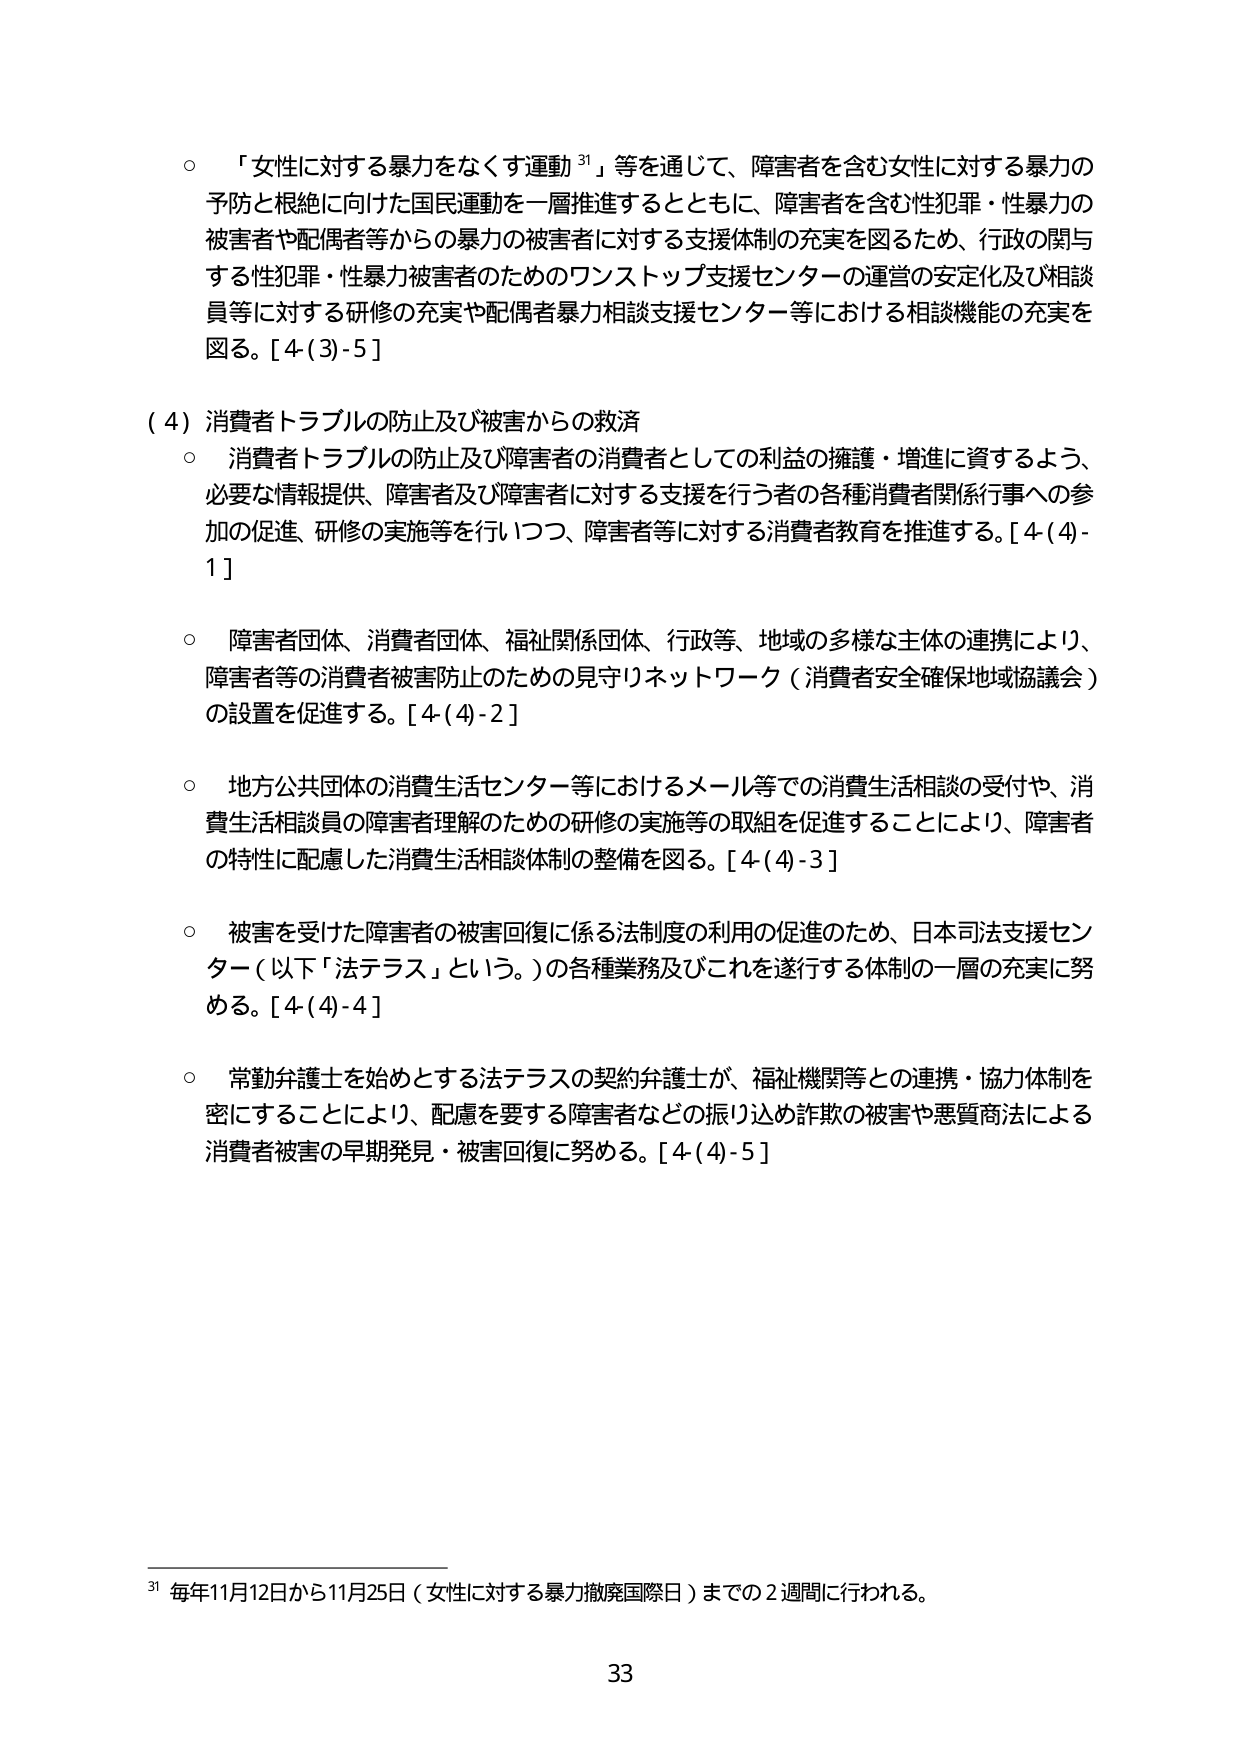
○ 「女性に対する暴力をなくす運動³¹」等を通じて、障害者を含む女性に対する暴力の予防と根絶に向けた国民運動を一層推進するとともに、障害者を含む性犯罪・性暴力の被害者や配偶者等からの暴力の被害者に対する支援体制の充実を図るため、行政の関与する性犯罪・性暴力被害者のためのワンストップ支援センターの運営の安定化及び相談員等に対する研修の充実や配偶者暴力相談支援センター等における相談機能の充実を図る。[4(3)-5]

(4) 消費者トラブルの防止及び被害からの救済
○ 消費者トラブルの防止及び障害者の消費者としての利益の擁護・増進に資するよう、必要な情報提供、障害者及び障害者に対する支援を行う者の各種消費者関係行事への参加の促進、研修の実施等を行いつつ、障害者等に対する消費者教育を推進する。[4(4)-1]

○ 障害者団体、消費者団体、福祉関係団体、行政等、地域の多様な主体の連携により、障害者等の消費者被害防止のための見守りネットワーク（消費者安全確保地域協議会）の設置を促進する。[4(4)-2]

○ 地方公共団体の消費生活センター等におけるメール等での消費生活相談の受付や、消費生活相談員の障害者理解のための研修の実施等の取組を促進することにより、障害者の特性に配慮した消費生活相談体制の整備を図る。[4(4)-3]

○ 被害を受けた障害者の被害回復に係る法制度の利用の促進のため、日本司法支援センター（以下「法テラス」という。）の各種業務及びこれを遂行する体制の一層の充実に努める。[4(4)-4]

○ 常勤弁護士を始めとする法テラスの契約弁護士が、福祉機関等との連携・協力体制を密にすることにより、配慮を要する障害者などの振り込め詐欺の被害や悪質商法による消費者被害の早期発見・被害回復に努める。[4(4)-5]

³¹ 毎年11月12日から11月25日（女性に対する暴力撤廃国際日）までの2週間に行われる。

33